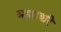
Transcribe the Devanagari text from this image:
माहावरि